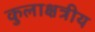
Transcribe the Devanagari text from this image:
कुलाक्षत्रीय